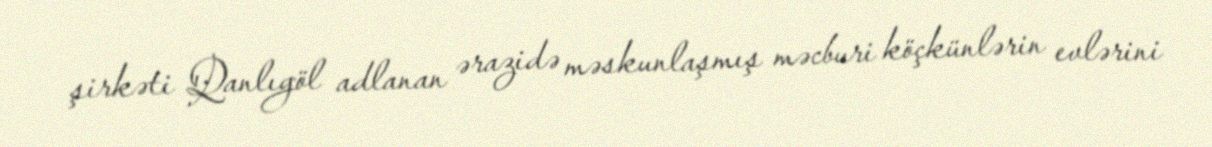
şirkəti Qanlıgöl adlanan ərazidə məskunlaşmış məcburi köçkünlərin evlərini